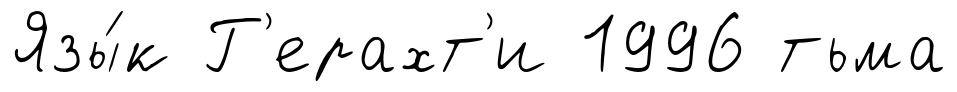
Язы́к Г'ерахт'и 1996 тьма